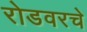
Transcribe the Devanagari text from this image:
रोडवरचे